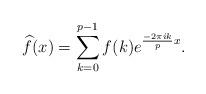
LaTeX: \begin{align*} \widehat{f}(x) = \sum^{p-1}_{k=0}f(k) e^{\frac{-2\pi ik}{p}x} . \end{align*}